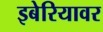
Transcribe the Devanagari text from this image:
इबेरियावर